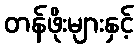
တန်ဖိုးများနှင့်